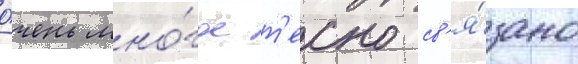
о́чень мно́гое т'есно св'я́зано